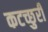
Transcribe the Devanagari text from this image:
कटच्छुरी